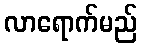
လာရောက်မည်